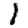
Digit: 1